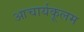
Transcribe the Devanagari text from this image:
आचार्यकूलम